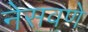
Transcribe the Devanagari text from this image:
नेसवणे